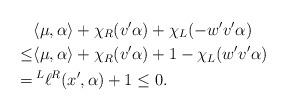
LaTeX: \begin{align*}&\langle\mu,\alpha\rangle + \chi_R(v'\alpha) + \chi_L(-w'v'\alpha)\\\leq&\langle\mu,\alpha\rangle + \chi_R(v'\alpha) + 1-\chi_L(w'v'\alpha)\\=&\prescript L{}{}\ell{}^R(x',\alpha)+1\leq 0.\end{align*}